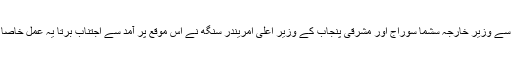
مگر جس طرح سے وزیر خارجہ سشما سوراج اور مشرقی پنجاب کے وزیر اعلیٰ امریندر سنگھ نے اس موقع پر آمد سے اجتناب برتا یہ عمل خاصا افسوسناک رہا ۔